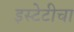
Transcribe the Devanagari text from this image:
इस्टेटीचा